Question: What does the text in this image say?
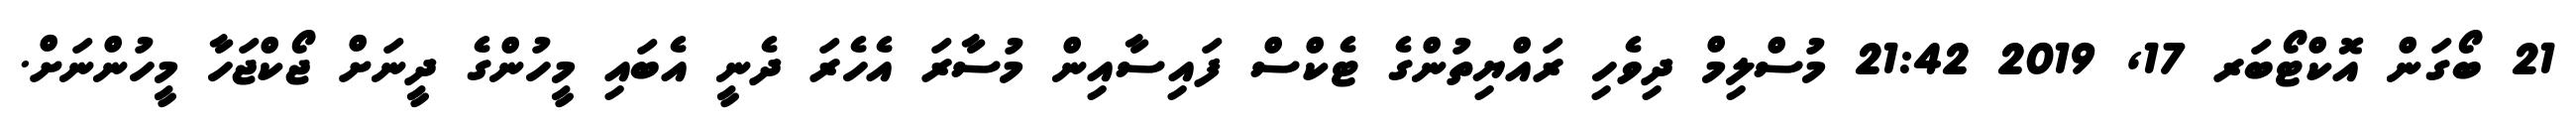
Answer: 21 ބޯގަން އޮކްޓޯބަރ 17, 2019 21:42 މުސްލިމް ދިވެހި ރައްޔިތުންގެ ޓެކްސް ފައިސާއިން މުސާރަ އެހެރަ ދެނީ އެބައި މީހުންގެ ދީނަށް ޖޯކްޖަހާ މީހުންނަށް.